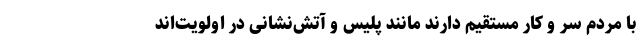
با مردم سر و کار مستقیم دارند مانند پلیس و آتش‌نشانی در اولویت‌اند